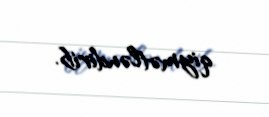
qiymətləndirib.